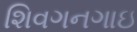
શિવગનગાઇ